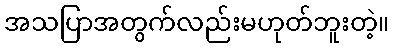
အသပြာအတွက်လည်းမဟုတ်ဘူးတဲ့။